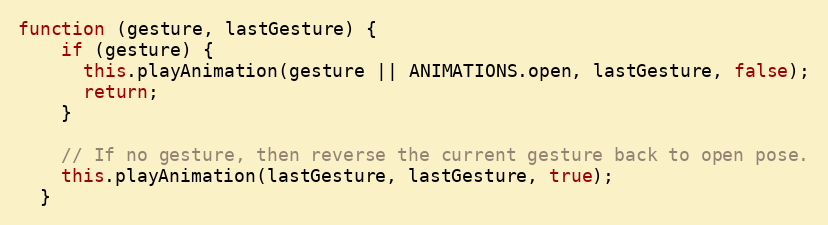
Language: JavaScript
function (gesture, lastGesture) {
    if (gesture) {
      this.playAnimation(gesture || ANIMATIONS.open, lastGesture, false);
      return;
    }

    // If no gesture, then reverse the current gesture back to open pose.
    this.playAnimation(lastGesture, lastGesture, true);
  }